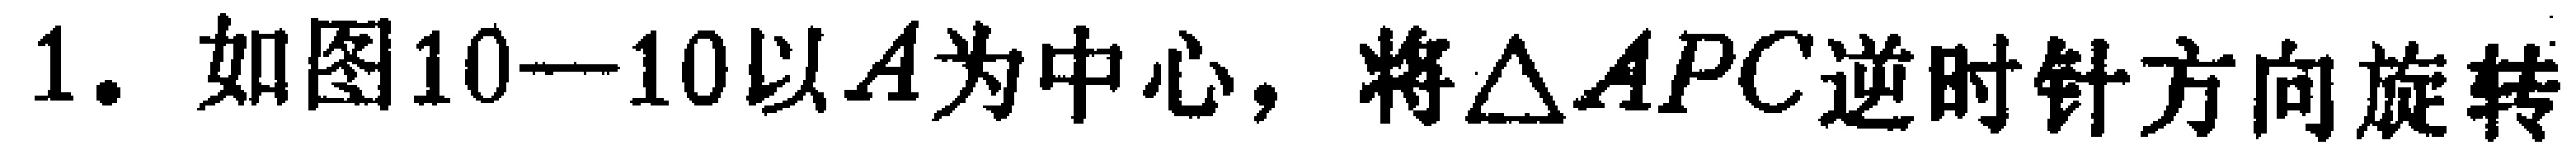
1. 如图10—10以\(A\)为中心，将\(\triangle APC\)逆时针方向旋转